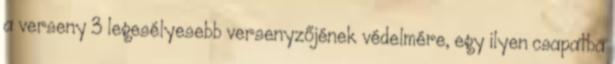
a verseny 3 legesélyesebb versenyzőjének védelmére, egy ilyen csapatba